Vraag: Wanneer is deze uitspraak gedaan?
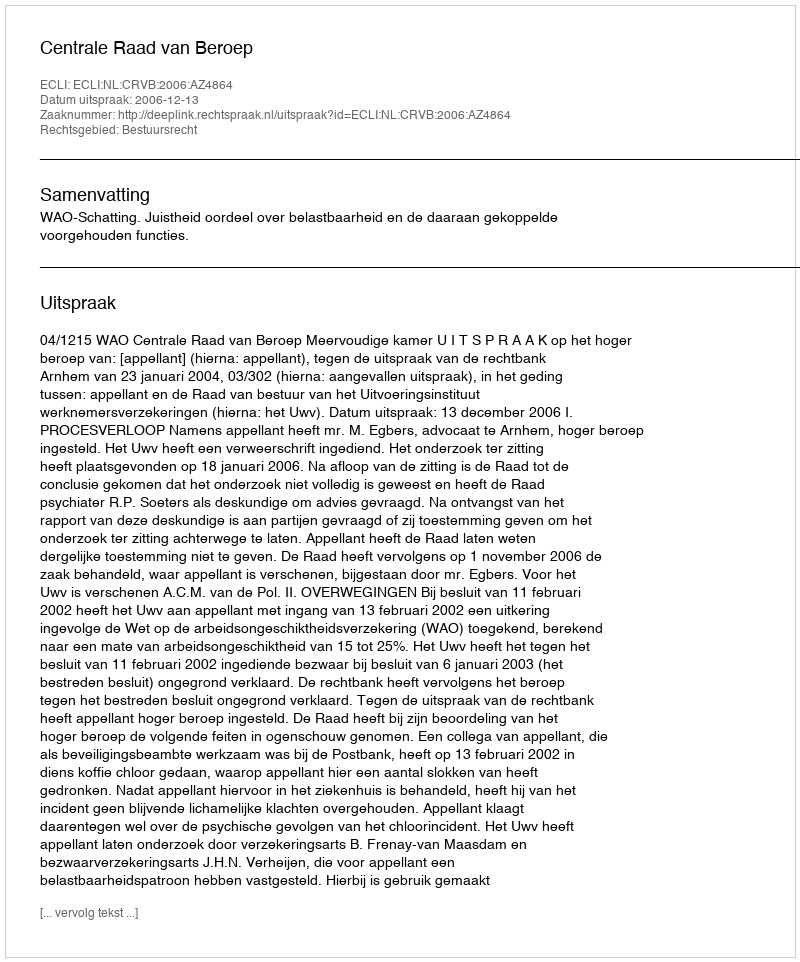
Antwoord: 2006-12-13